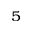
_ 5